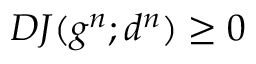
D J ( g ^ { n } ; d ^ { n } ) \ge 0